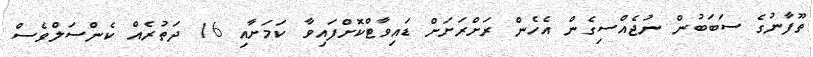
ތޫފާނުގެ ސަބަބުން ނުޖެއްސިގެން އެހެން ރަށްރަށަށް ޑައިވާޓްކޮށްފައިވާ ކަމަށާއި 16 ދަތުރެއް ކެންސަލްވެސް